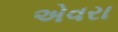
એવરા